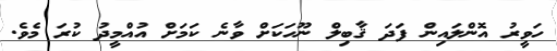
ހަވީރު އޮންލައިން ފަދަ ޤާބިލް ނޫހަކަށް ވާނެ ކަމަށް އުއްމީދު ކުރަ މެވެ.